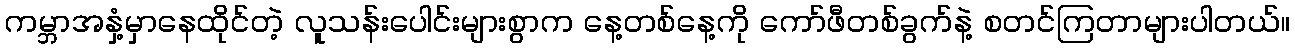
ကမ္ဘာအနှံ့မှာနေထိုင်တဲ့ လူသန်းပေါင်းများစွာက နေ့တစ်နေ့ကို ကော်ဖီတစ်ခွက်နဲ့ စတင်ကြတာများပါတယ်။